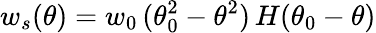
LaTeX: w_{s}(\theta)=w_{0}\, (\theta_{0}^{2}-\theta^{2})\, H(\theta_{0}-\theta)